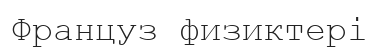
Француз физиктері